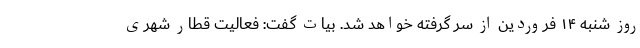
روز شنبه ۱۴ فروردین از سر گرفته خواهد شد. بیات گفت: فعالیت قطار شهری